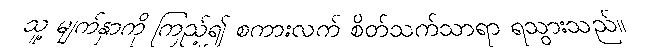
သူ့ မျက်နှာကို ကြည့်၍ စကားလက် စိတ်သက်သာရာ ရသွားသည်။